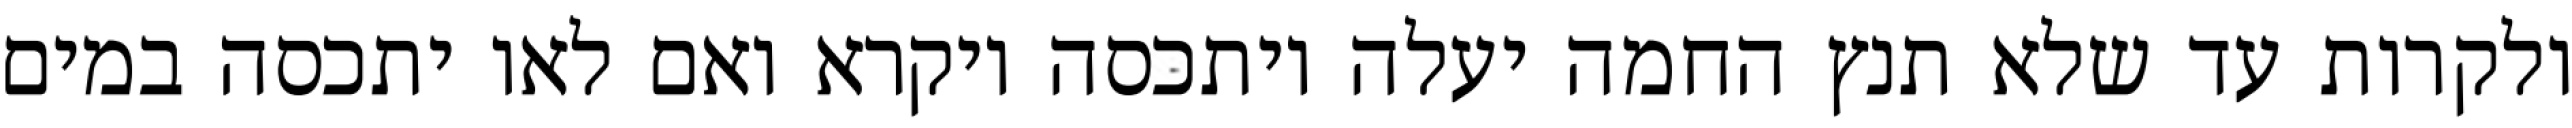
ולקרות עד שלא תנץ החמה יעלה ויתכסה ויקרא ואם לאו יתכסה במים